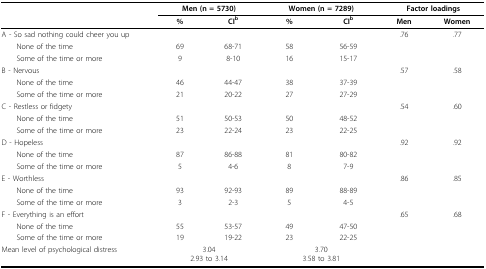
<table><thead><tr><td></td><td colspan="2"><b>Men (n = 5730)</b></td><td colspan="2"><b>Women (n = 7289)</b></td><td colspan="2"><b>Factor loadings</b></td></tr><tr><td></td><td><b>%</b></td><td><b>CI<sup>b</sup></b></td><td><b>%</b></td><td><b>CI<sup>b</sup></b></td><td><b>Men</b></td><td><b>Women</b></td></tr></thead><tbody><tr><td>A - So sad nothing could cheer you up</td><td></td><td></td><td></td><td></td><td>.76</td><td>.77</td></tr><tr><td> None of the time</td><td>69</td><td>68-71</td><td>58</td><td>56-59</td><td></td><td></td></tr><tr><td> Some of the time or more</td><td>9</td><td>8-10</td><td>16</td><td>15-17</td><td></td><td></td></tr><tr><td>B - Nervous</td><td></td><td></td><td></td><td></td><td>.57</td><td>.58</td></tr><tr><td> None of the time</td><td>46</td><td>44-47</td><td>38</td><td>37-39</td><td></td><td></td></tr><tr><td> Some of the time or more</td><td>21</td><td>20-22</td><td>27</td><td>27-29</td><td></td><td></td></tr><tr><td>C - Restless or fidgety</td><td></td><td></td><td></td><td></td><td>.54</td><td>.60</td></tr><tr><td> None of the time</td><td>51</td><td>50-53</td><td>50</td><td>48-52</td><td></td><td></td></tr><tr><td> Some of the time or more</td><td>23</td><td>22-24</td><td>23</td><td>22-25</td><td></td><td></td></tr><tr><td>D - Hopeless</td><td></td><td></td><td></td><td></td><td>.92</td><td>.92</td></tr><tr><td> None of the time</td><td>87</td><td>86-88</td><td>81</td><td>80-82</td><td></td><td></td></tr><tr><td> Some of the time or more</td><td>5</td><td>4-6</td><td>8</td><td>7-9</td><td></td><td></td></tr><tr><td>E - Worthless</td><td></td><td></td><td></td><td></td><td>.86</td><td>.85</td></tr><tr><td> None of the time</td><td>93</td><td>92-93</td><td>89</td><td>88-89</td><td></td><td></td></tr><tr><td> Some of the time or more</td><td>3</td><td>2-3</td><td>5</td><td>4-5</td><td></td><td></td></tr><tr><td>F - Everything is an effort</td><td></td><td></td><td></td><td></td><td>.65</td><td>.68</td></tr><tr><td> None of the time</td><td>55</td><td>53-57</td><td>49</td><td>47-50</td><td></td><td></td></tr><tr><td> Some of the time or more</td><td>19</td><td>19-22</td><td>23</td><td>22-25</td><td></td><td></td></tr><tr><td>Mean level of psychological distress</td><td colspan="2">3.042.93 to 3.14</td><td colspan="2">3.703.58 to 3.81</td><td></td><td></td></tr></tbody></table>